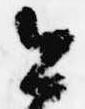
公